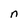
Character: n